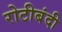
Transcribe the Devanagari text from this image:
रोटीबंदी